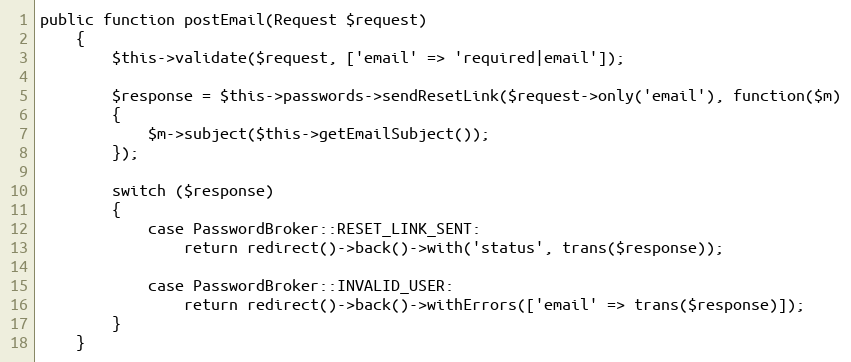
Language: PHP
public function postEmail(Request $request)
	{
		$this->validate($request, ['email' => 'required|email']);

		$response = $this->passwords->sendResetLink($request->only('email'), function($m)
		{
			$m->subject($this->getEmailSubject());
		});

		switch ($response)
		{
			case PasswordBroker::RESET_LINK_SENT:
				return redirect()->back()->with('status', trans($response));

			case PasswordBroker::INVALID_USER:
				return redirect()->back()->withErrors(['email' => trans($response)]);
		}
	}